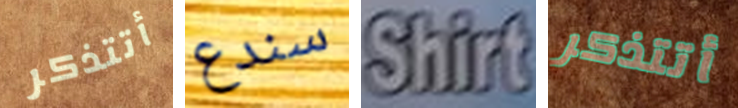
أتتذكر سندع Shirt أتتذكر